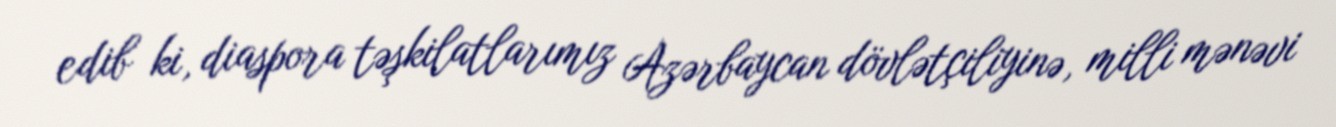
edib ki, diaspora təşkilatlarımız Azərbaycan dövlətçiliyinə, milli mənəvi